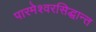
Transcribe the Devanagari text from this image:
पारमेश्वरसिद्धान्त